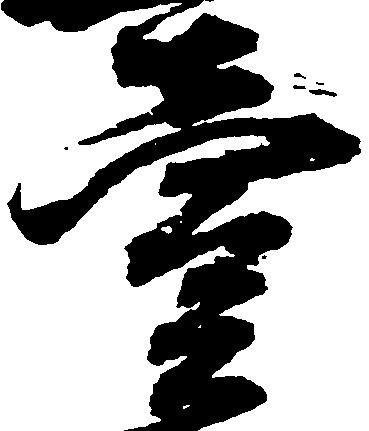
壱